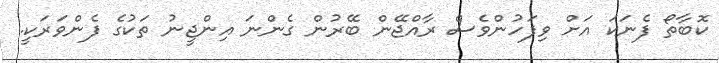
ކޮބާތޯ ފެނަކަ އަށް ވިފަހުންވެސް ރާއްޖޭން ބޭރުން ގެންނަ އިންޖީނު ތަކުގެ ފެންވަރަކީ.